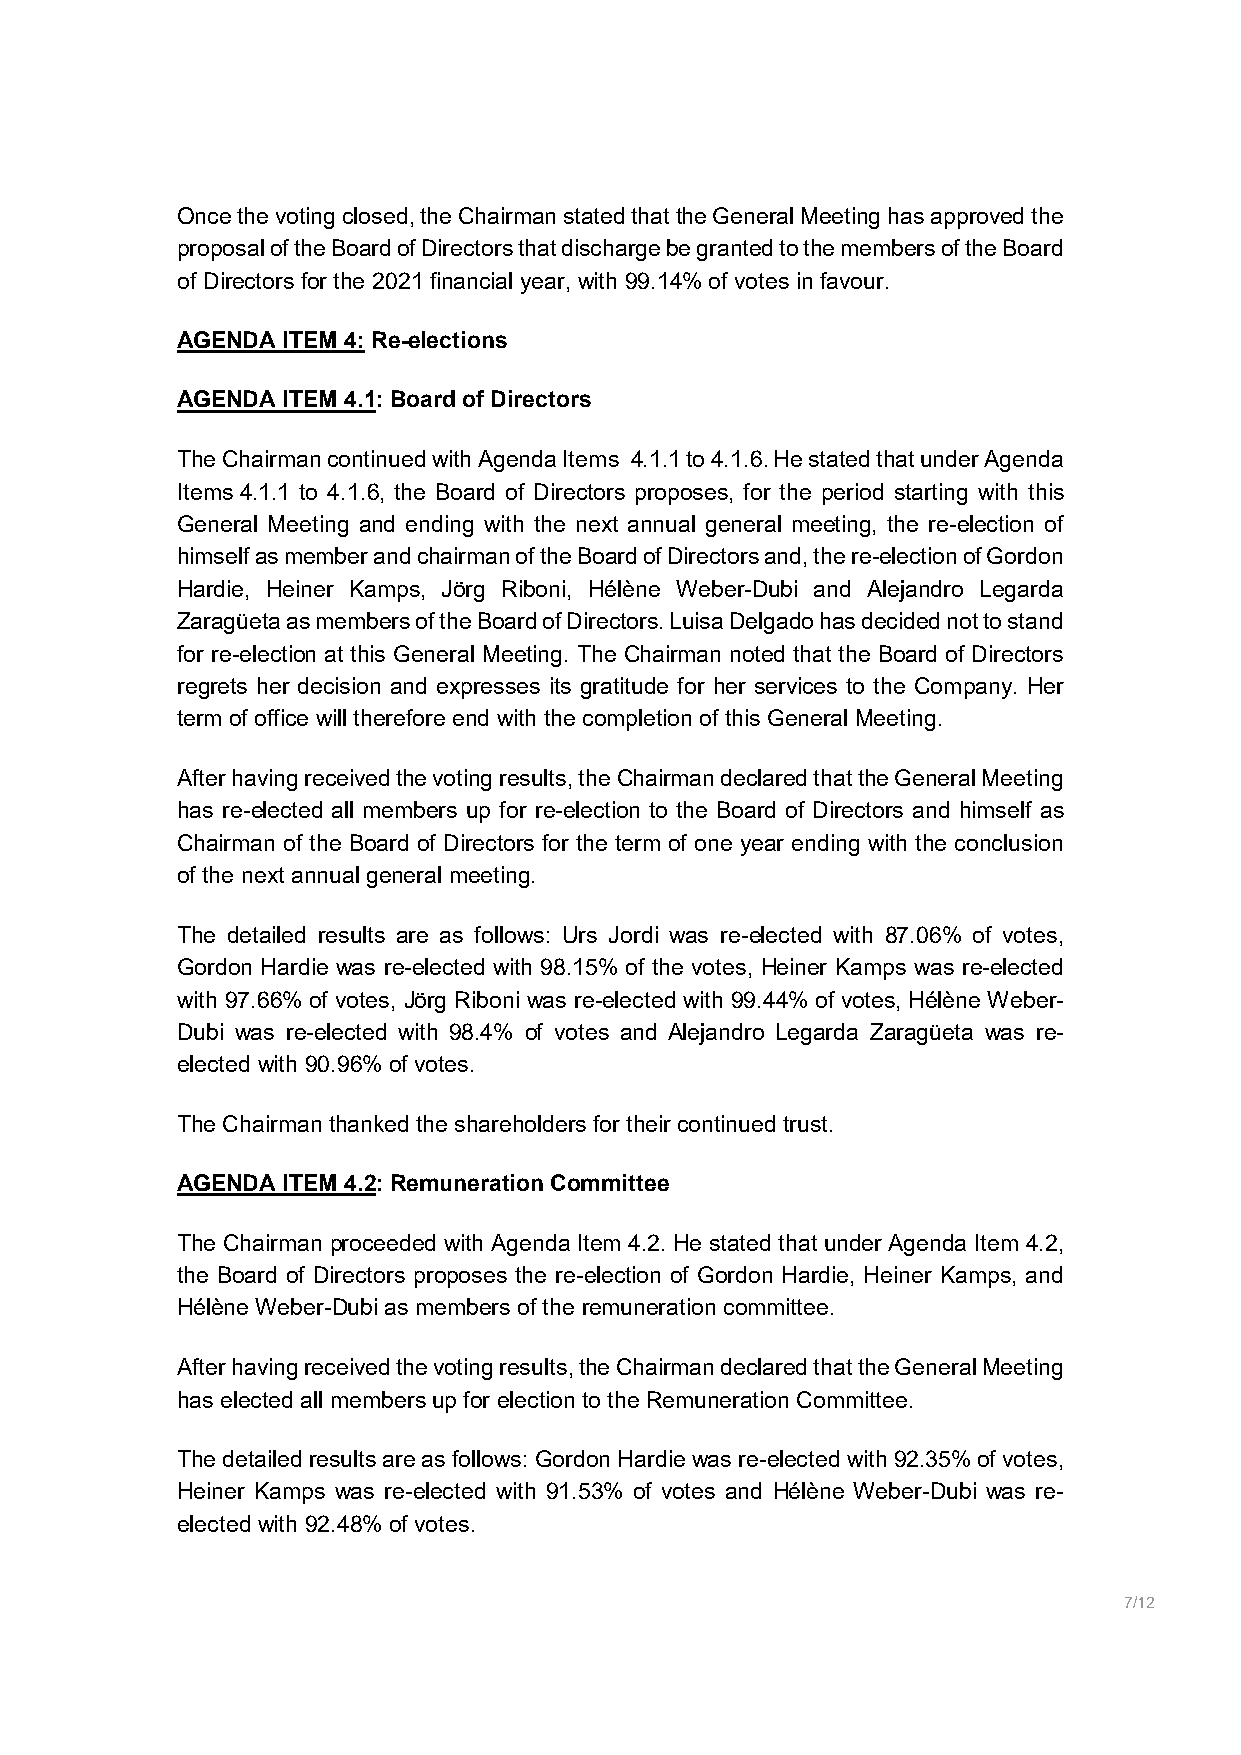
Once the voting closed, the Chairman stated that the General Meeting has approved the
 proposal of the Board of Directors that discharge be granted to the members of the Board
 of Directors for the 2021 financial year, with 99.14% of votes in favour.
 AGENDA ITEM 4: Re-elections
 AGENDA ITEM 4.1: Board of Directors
 The Chairman continued with Agenda Items 4.1.1 to 4.1.6. He stated that under Agenda
 Items 4.1.1 to 4.1.6, the Board of Directors proposes, for the period starting with this
 General Meeting and ending with the next annual general meeting, the re-election of
 himself as member and chairman of the Board of Directors and, the re-election of Gordon
 Hardie, Heiner Kamps, Jörg Riboni, Hélène Weber-Dubi and Alejandro Legarda
 Zaragüeta as members of the Board of Directors. Luisa Delgado has decided not to stand
 for re-election at this General Meeting. The Chairman noted that the Board of Directors
 regrets her decision and expresses its gratitude for her services to the Company. Her
 term of office will therefore end with the completion of this General Meeting.
 After having received the voting results, the Chairman declared that the General Meeting
 has re-elected all members up for re-election to the Board of Directors and himself as
 Chairman of the Board of Directors for the term of one year ending with the conclusion
 of the next annual general meeting.
 The detailed results are as follows: Urs Jordi was re-elected with 87.06% of votes,
 Gordon Hardie was re-elected with 98.15% of the votes, Heiner Kamps was re-elected
 with 97.66% of votes, Jörg Riboni was re-elected with 99.44% of votes, Hélène Weber-
 Dubi was re-elected with 98.4% of votes and Alejandro Legarda Zaragüeta was re-
 elected with 90.96% of votes.
 The Chairman thanked the shareholders for their continued trust.
 AGENDA ITEM 4.2: Remuneration Committee
 The Chairman proceeded with Agenda Item 4.2. He stated that under Agenda Item 4.2,
 the Board of Directors proposes the re-election of Gordon Hardie, Heiner Kamps, and
 Hélène Weber-Dubi as members of the remuneration committee.
 After having received the voting results, the Chairman declared that the General Meeting
 has elected all members up for election to the Remuneration Committee.
 The detailed results are as follows: Gordon Hardie was re-elected with 92.35% of votes,
 Heiner Kamps was re-elected with 91.53% of votes and Hélène Weber-Dubi was re-
 elected with 92.48% of votes.
 7/12